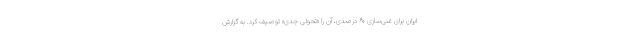
ایران برای غنی‌سازی ۶۰ درصدی، آن را «تحولی جدی» توصیف کرد. به گزارش